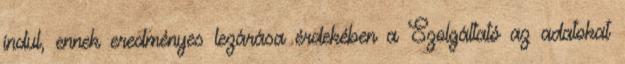
indul, ennek eredményes lezárása érdekében a Szolgáltató az adatokat